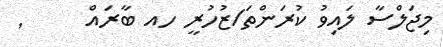
މިޖަލްސާ ލައިވު ކުރަންތަ/ޒުހުރީ ހއ ބާރައް